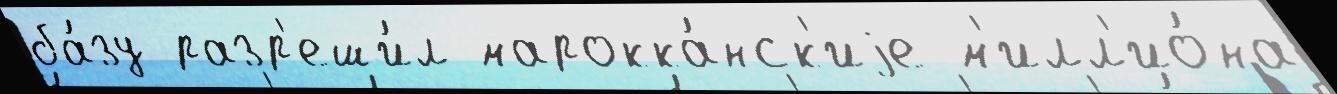
ба́зу разр'еши́л марокка́нск'иjе м'илл'ио́на